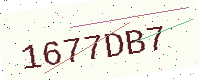
Text: 1677DB7